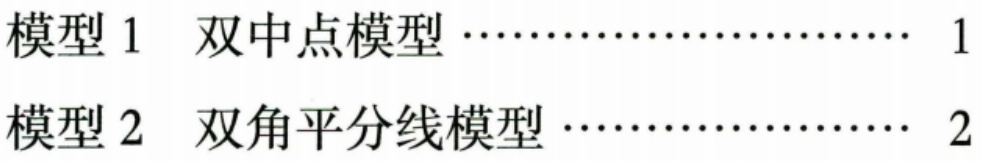
模型 1 双中点模型 …………………… 1
模型 2 双角平分线模型 ………………… 2